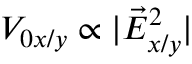
V _ { 0 x / y } \propto | \vec { E } _ { x / y } ^ { 2 } |